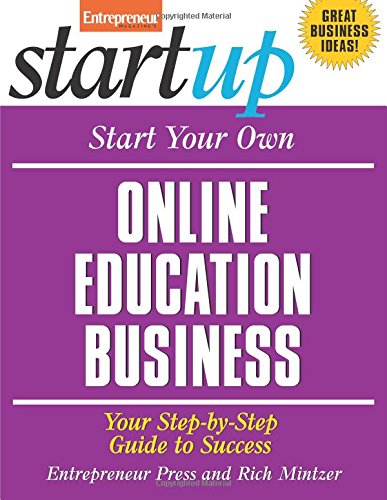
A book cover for Start Your Own Online Education Business: Your Step-By-Step Guide to Success (StartUp Series); Entrepreneur Press; Education & Teaching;